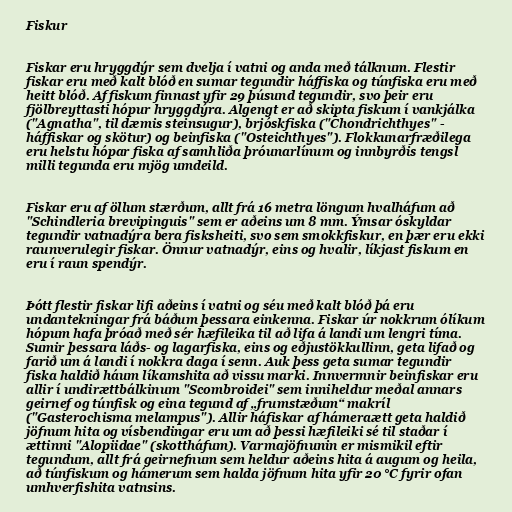
Fiskur

Fiskar eru hryggdýr sem dvelja í vatni og anda með tálknum. Flestir
fiskar eru með kalt blóð en sumar tegundir háffiska og túnfiska eru með
heitt blóð. Af fiskum finnast yfir 29 þúsund tegundir, svo þeir eru
fjölbreyttasti hópur hryggdýra. Algengt er að skipta fiskum í vankjálka
("Agnatha", til dæmis steinsugur), brjóskfiska ("Chondrichthyes" -
háffiskar og skötur) og beinfiska ("Osteichthyes"). Flokkunarfræðilega
eru helstu hópar fiska af samhliða þróunarlínum og innbyrðis tengsl
milli tegunda eru mjög umdeild.

Fiskar eru af öllum stærðum, allt frá 16 metra löngum hvalháfum að
"Schindleria brevipinguis" sem er aðeins um 8 mm. Ýmsar óskyldar
tegundir vatnadýra bera fisksheiti, svo sem smokkfiskur, en þær eru ekki
raunverulegir fiskar. Önnur vatnadýr, eins og hvalir, líkjast fiskum en
eru í raun spendýr.

Þótt flestir fiskar lifi aðeins í vatni og séu með kalt blóð þá eru
undantekningar frá báðum þessara einkenna. Fiskar úr nokkrum ólíkum
hópum hafa þróað með sér hæfileika til að lifa á landi um lengri tíma.
Sumir þessara láðs- og lagarfiska, eins og eðjustökkullinn, geta lifað og
farið um á landi í nokkra daga í senn. Auk þess geta sumar tegundir
fiska haldið háum líkamshita að vissu marki. Innvermnir beinfiskar eru
allir í undirættbálkinum "Scombroidei" sem inniheldur meðal annars
geirnef og túnfisk og eina tegund af „frumstæðum“ makríl
("Gasterochisma melampus"). Allir háfiskar af hámeraætt geta haldið
jöfnum hita og vísbendingar eru um að þessi hæfileiki sé til staðar í
ættinni "Alopiidae" (skottháfum). Varmajöfnunin er mismikil eftir
tegundum, allt frá geirnefnum sem heldur aðeins hita á augum og heila,
að túnfiskum og hámerum sem halda jöfnum hita yfir 20 °C fyrir ofan
umhverfishita vatnsins.